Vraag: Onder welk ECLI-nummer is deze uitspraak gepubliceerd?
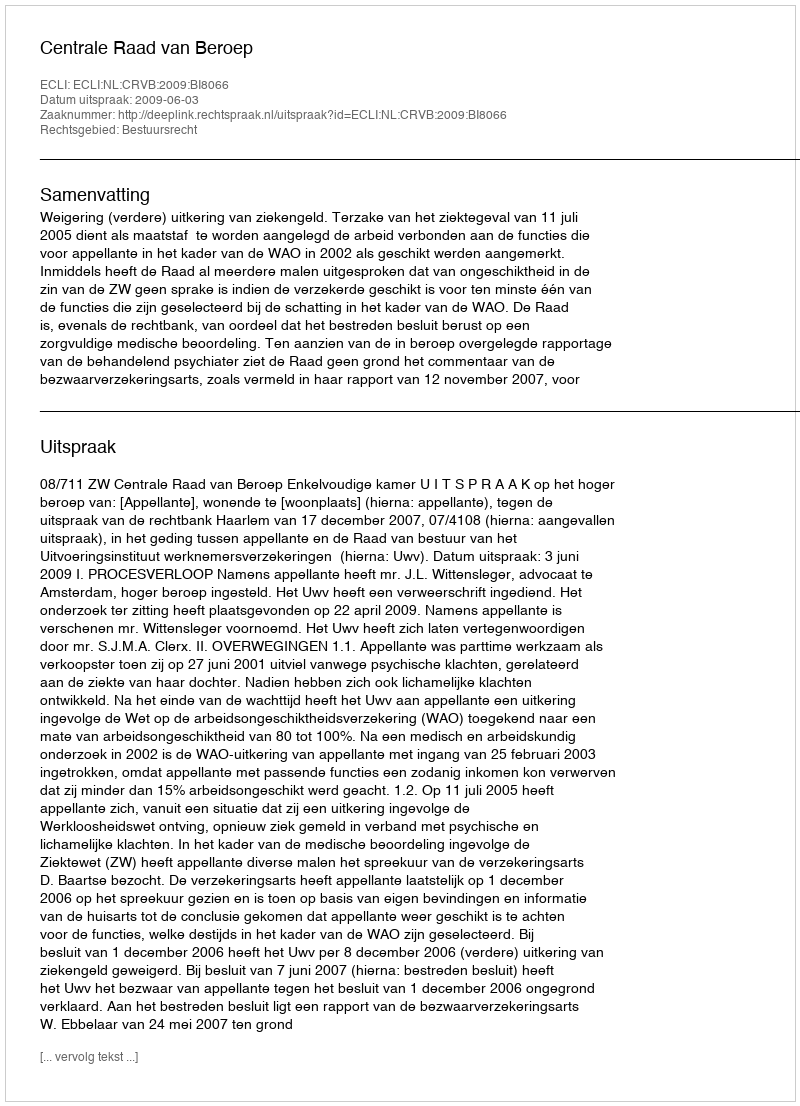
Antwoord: ECLI:NL:CRVB:2009:BI8066